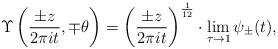
LaTeX: \begin{align*}\Upsilon\left(\frac{\pm z}{2\pi i t},\mp \theta\right)= \left( \frac{\pm z}{2\pi i t}\right)^{\frac{1}{12}}\cdot \lim_{\tau\to 1} \psi_\pm(t),\end{align*}